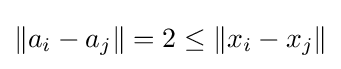
\|a_{i}-a_{j}\|=2\leq \|x_{i}-x_{j}\|